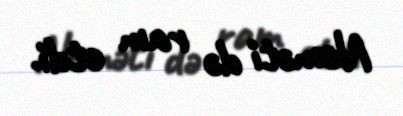
Neməti də ram etdi.